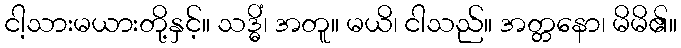
ငါ့သားမယားတို့နှင့်။ သဒ္ဓိံ၊ အတူ။ မယိ၊ ငါသည်။ အတ္တနော၊ မိမိ၏။